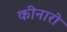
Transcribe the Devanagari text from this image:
कीनारो